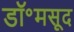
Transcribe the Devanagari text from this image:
डॉ॰मसूद